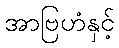
အာဗြဟံနှင့်